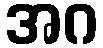
အဂ